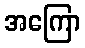
အကြော